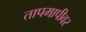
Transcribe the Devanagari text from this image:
तापमापीवर